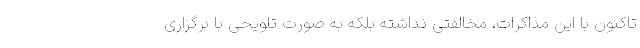
تاکنون با این مذاکرات، مخالفتی نداشته بلکه به صورت تلویحی با برگزاری